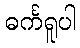
ဓင်္ကရူပါ